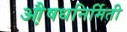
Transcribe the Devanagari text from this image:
औ़़षधनिर्मिती